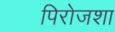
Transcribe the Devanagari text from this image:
पिरोजशा